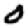
Digit: 0